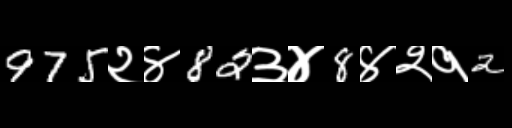
Text: 975२४82३४8४२१2